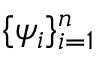
\{ \psi _ { i } \} _ { i = 1 } ^ { n }